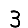
Digit: 3